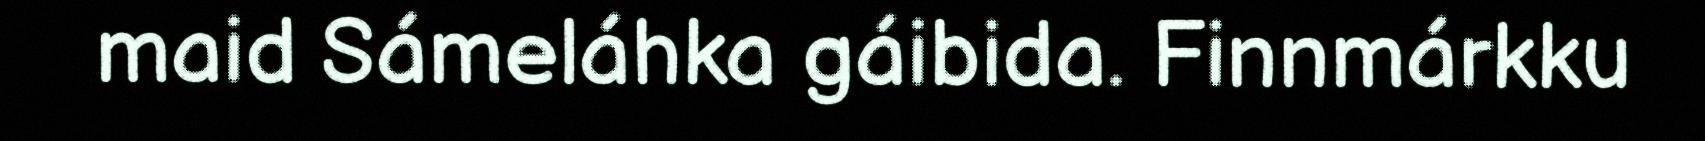
maid Sámeláhka gáibida. Finnmárkku